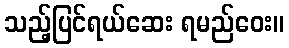
သည့်ပြင်ရယ်ဆေး ရမည်ဝေး။